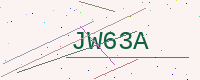
Text: JW63A